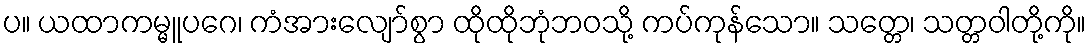
ပ။ ယထာကမ္မူပဂေ၊ ကံအားလျော်စွာ ထိုထိုဘုံဘဝသို့ ကပ်ကုန်သော။ သတ္တေ၊ သတ္တဝါတို့ကို။